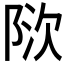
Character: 𬯃